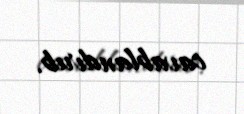
cavablandırıb.